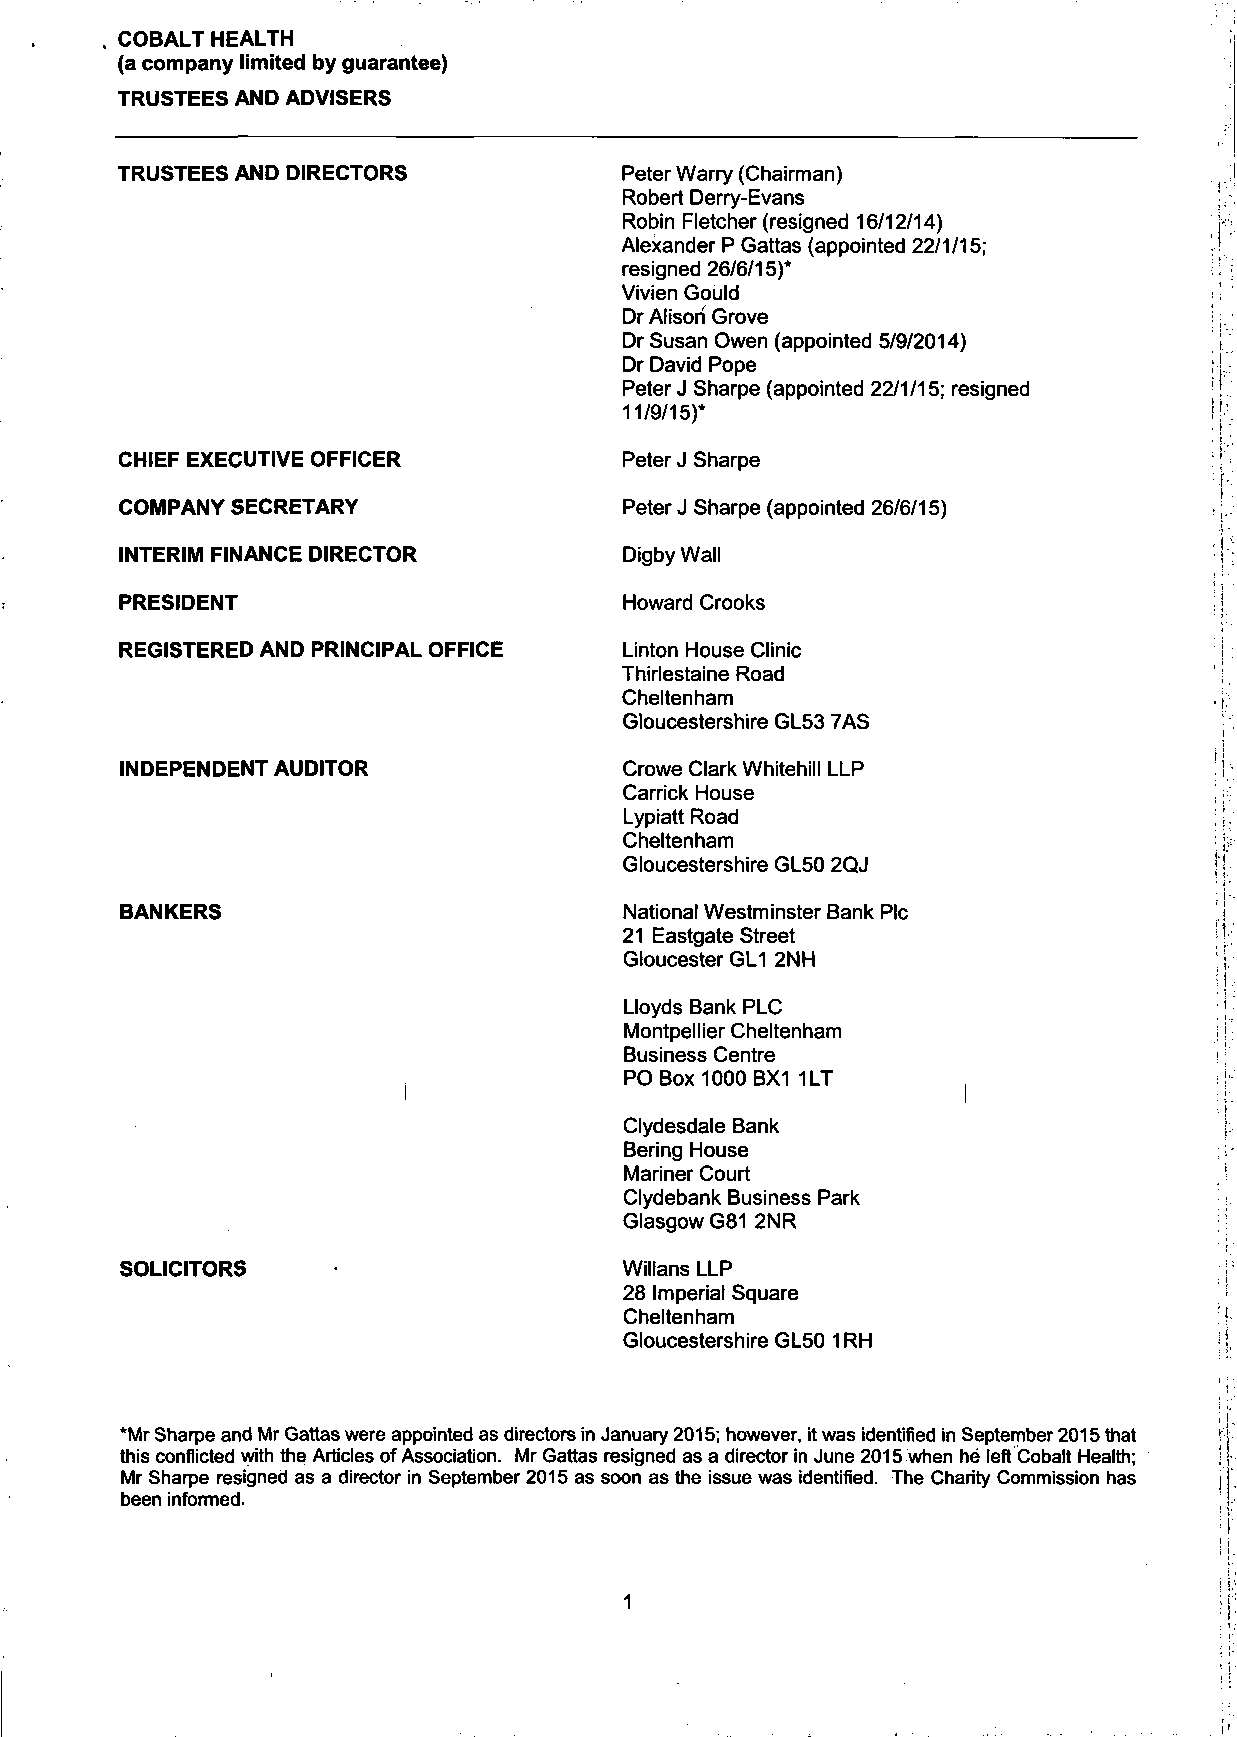
COBALT HEALTH
 (a company limited by guarantee)
 TRUSTEES AND ADVISERS
 TRUSTEES AND DIRECTORS           Peter Warry (Chairman)
 Robert Derry-Evans
 Robin Fletcher (resigned 16/12/14)
 Alexander P Gattas (appointed 22/1/15;
 resigned 26/6/15)*
 Vivien Gould
 Dr Alison Grove
 Dr Susan Owen (appointed 5/9/2014)
 Dr David Pope
 Peter J Sharpe (appointed 22/1/15; resigned
 11/9/15)*
 CHIEF EXECUTIVE OFFICER          Peter J Sharpe
 COMPANY SECRETARY                Peter J Sharpe (appointed 26/6/15)
 INTERIM FINANCE DIRECTOR         Digby Wall
 PRESIDENT                        Howard Crooks
 Linton House Clinic
 Thirlestaine Road
 Cheltenham
 REGISTERED AND PRINCIPAL OFFICE
 Gloucestershire GL53 7AS
 Crowe Clark Whitehill LLP
 Carrick House
 Lypiatt Road
 INDEPENDENT AUDITOR
 Cheltenham
 Gloucestershire GL50 2QJ
 BANKERS                          National Westminster Bank Plc
 21 Eastgate Street
 Gloucester GL1 2NH
 Lloyds Bank PLC
 Montpellier Cheltenham
 Business Centre
 PO Box 1000 BX1 1LT
 i
 Clydesdale Bank
 Bering House
 Mariner Court
 Clydebank Business Park
 Glasgow G81 2NR
 SOLICITORS                       Willans LLP
 28 Imperial Square
 Cheltenham
 Gloucestershire GL50 1 RH
 *Mr Sharpe and Mr Gattas were appointed as directors in January 2015; however, it was identified in September 2015 that
 this conflicted with the Articles of Association. Mr Gattas resigned as a director in June 2015 when he left Cobalt Health;
 Mr Sharpe resigned as a director in September 2015 as soon as the issue was identified. The Charity Commission has
 been informed.
 1